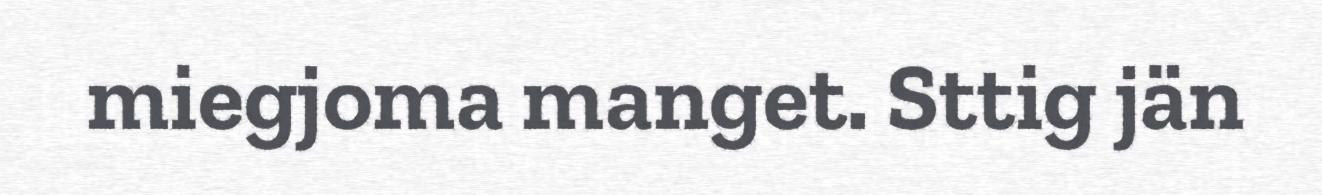
miegjoma manget. Sttig jän